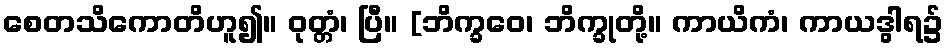
စေတသိကောတိဟူ၍။ ဝုတ္တံ၊ ပြီ။ [ဘိက္ခဝေ၊ ဘိက္ခုတို့။ ကာယိကံ၊ ကာယဒွါရ၌